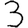
Digit: 3